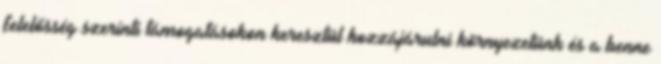
felelősség szerinti támogatásokon keresztül hozzájárulni környezetünk és a benne